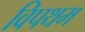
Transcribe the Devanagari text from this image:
विपथम